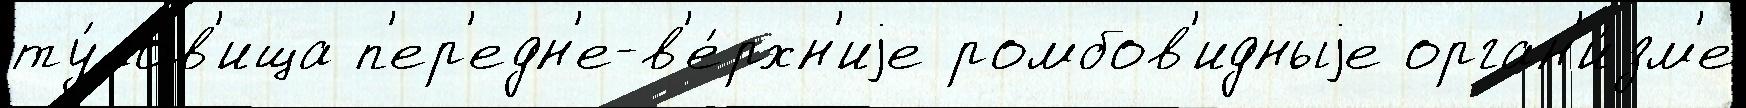
ту́лов'ища п'ер'едн'е-в'е́рхн'иjе ромбов'идныjе орган'и́зм'е